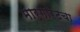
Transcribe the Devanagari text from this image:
मार्गारेटचा